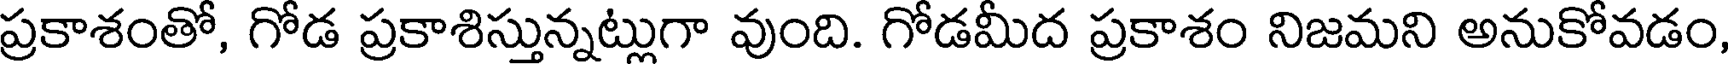
ప్రకాశంతో, గోడ ప్రకాశిస్తున్నట్లుగా వుంది. గోడమీద ప్రకాశం నిజమని అనుకోవడం,